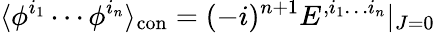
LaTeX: \langle\phi^{i_{1}}\cdots\phi^{i_{n}}\rangle_{\mathrm{con}}=(-i)^{n+1}E^{,i_{1}\dots i_{n}}|_{J=0}